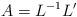
LaTeX: \begin{align*}A = L^{-1}L'\end{align*}